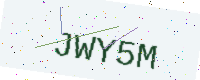
Text: JWY5M